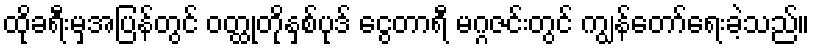
ထိုခရီးမှအပြန်တွင် ဝတ္ထုတိုနှစ်ပုဒ် ငွေတာရီ မဂ္ဂဇင်းတွင် ကျွန်တော်ရေးခဲ့သည်။